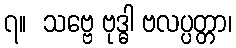
၇။  သဗ္ဗေ ဗုဒ္ဓါ ဗလပ္ပတ္တာ၊